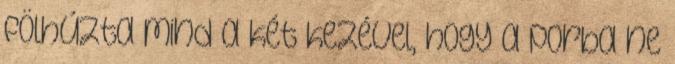
fölhúzta mind a két kezével, hogy a porba ne